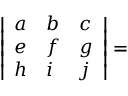
\begin{array} { r } { ~ ~ ~ ~ ~ ~ { \left| \begin{array} { l l l } { a } & { b } & { c } \\ { e } & { f } & { g } \\ { h } & { i } & { j } \end{array} \right| } = } \end{array}